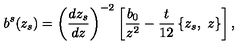
b ^ { s } ( z _ { s } ) = \left( \frac { d z _ { s } } { d z } \right) ^ { - 2 } \left[ \frac { b _ { 0 } } { z ^ { 2 } } - \frac { t } { 1 2 } \left\{ z _ { s } , \ z \right\} \right] ,